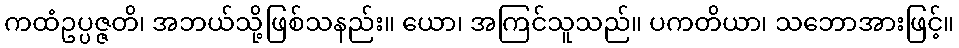
ကထံဥပ္ပဇ္ဇတိ၊ အဘယ်သို့ဖြစ်သနည်း။ ယော၊ အကြင်သူသည်။ ပကတိယာ၊ သဘောအားဖြင့်။